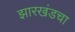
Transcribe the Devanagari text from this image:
झारखंडचा